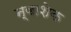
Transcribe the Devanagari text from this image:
न्वाशेक